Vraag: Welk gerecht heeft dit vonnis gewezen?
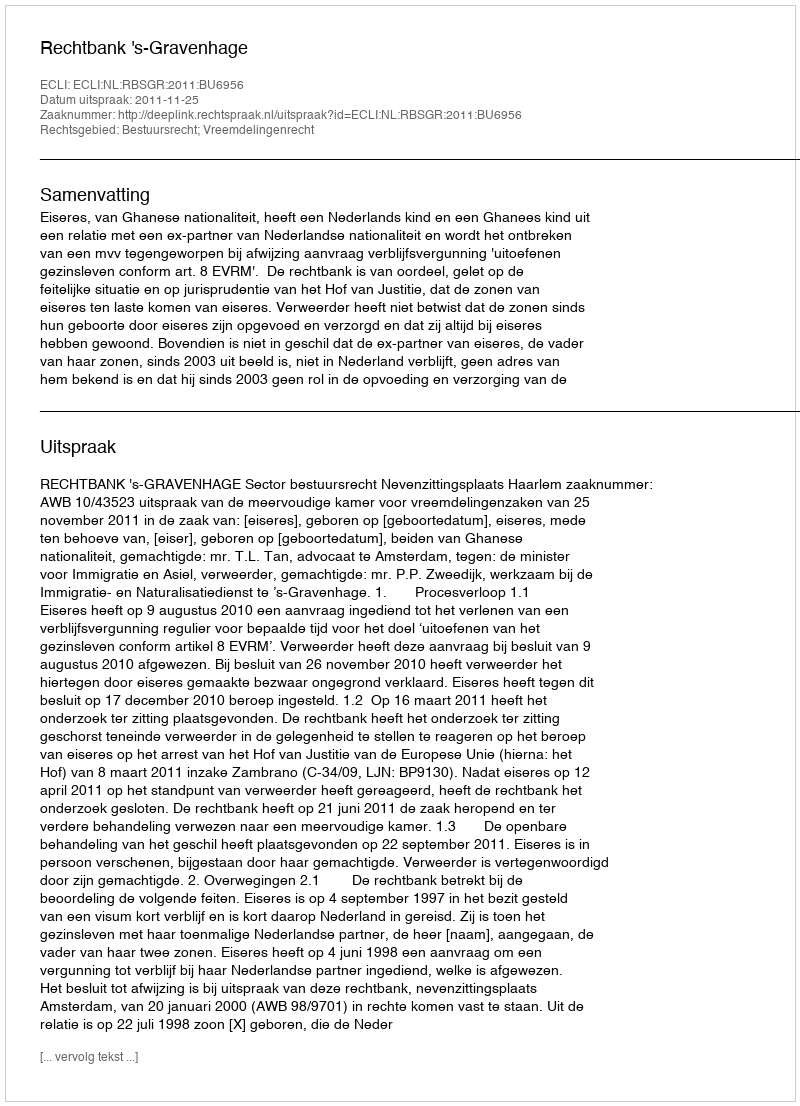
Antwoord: Rechtbank 's-Gravenhage